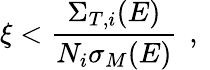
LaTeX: \xi<\frac{\Sigma_{T,i}(E)}{N_{i}\sigma_{M}(E)}\, \mathrm{~,~}